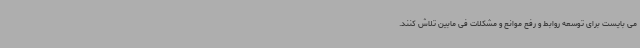
می بایست برای توسعه روابط و رفع موانع و مشکلات فی مابین تلاش کنند.